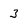
Character: 3